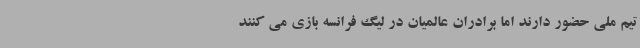
تیم ملی حضور دارند اما برادران عالمیان در لیگ فرانسه بازی می کنند